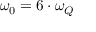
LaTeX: \omega _ { 0 } = 6 \cdot \omega _ { Q }